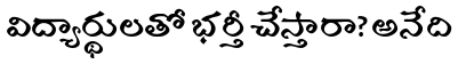
విద్యార్థులతో భర్తీ చేస్తారా? అనేది